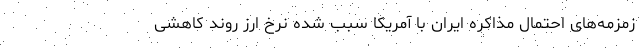
زمزمه‌های احتمال مذاکره ایران با آمریکا سبب شده نرخ ارز روند کاهشی